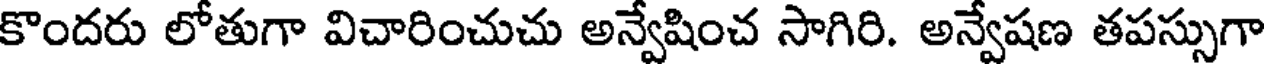
కొందరు లోతుగా విచారించుచు అన్వేషించ సాగిరి. అన్వేషణ తపస్సుగా